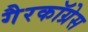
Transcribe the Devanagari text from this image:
गैरकॉग्रेस